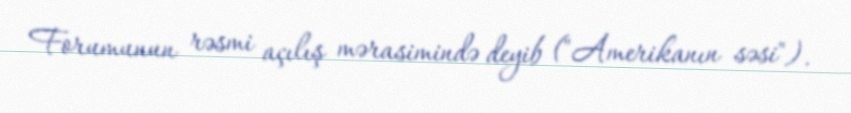
Forumunun rəsmi açılış mərasimində deyib ("Amerikanın səsi").